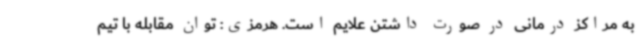
به مراکز درمانی در صورت داشتن علایم است. هرمزی: توان مقابله با تیم